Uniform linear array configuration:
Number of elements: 12
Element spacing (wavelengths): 0.25
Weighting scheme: hamming
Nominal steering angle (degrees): -45
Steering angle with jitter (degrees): -43.223
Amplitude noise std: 0.05
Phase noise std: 0.05

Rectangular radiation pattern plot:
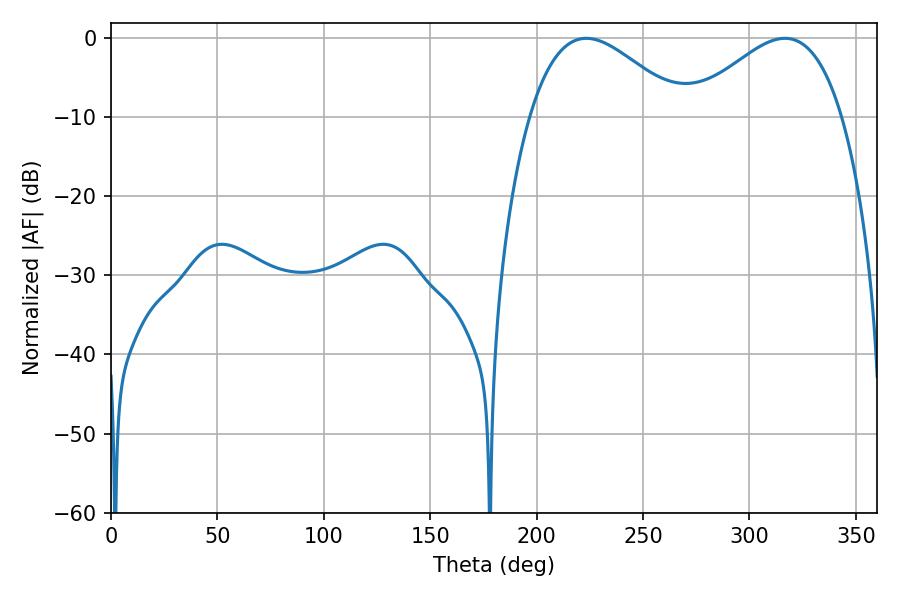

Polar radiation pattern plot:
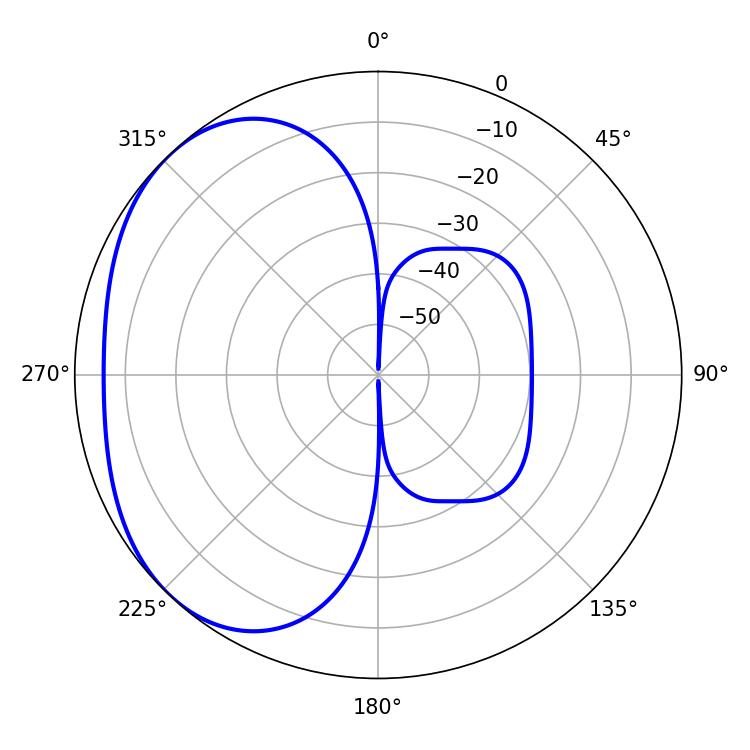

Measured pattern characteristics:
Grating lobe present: FALSE
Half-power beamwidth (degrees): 38.7
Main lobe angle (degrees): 223.38